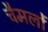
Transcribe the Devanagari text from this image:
चैमलों